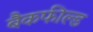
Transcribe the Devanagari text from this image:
बैकफील्ड